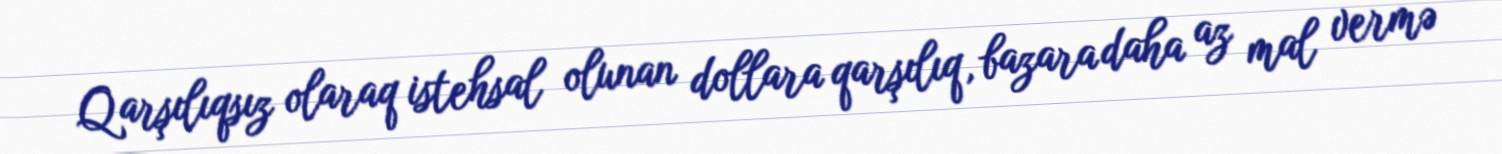
Qarşılıqsız olaraq istehsal olunan dollara qarşılıq, bazara daha az mal vermə